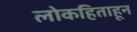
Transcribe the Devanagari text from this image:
लोकहिताहून